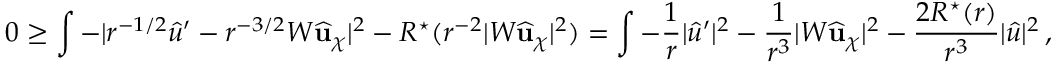
0 \geq \int - | r ^ { - 1 / 2 } { \widehat { u } } ^ { \prime } - r ^ { - 3 / 2 } W \widehat { \mathbf { u } } _ { \chi } | ^ { 2 } - R ^ { \star } ( r ^ { - 2 } | W \widehat { \mathbf { u } } _ { \chi } | ^ { 2 } ) = \int - \frac { 1 } { r } | { \widehat { u } } ^ { \prime } | ^ { 2 } - \frac { 1 } { r ^ { 3 } } | W \widehat { \mathbf { u } } _ { \chi } | ^ { 2 } - \frac { 2 R ^ { \star } ( r ) } { r ^ { 3 } } | { \widehat { u } } | ^ { 2 } \, ,